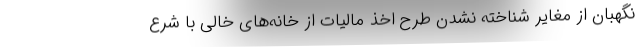
نگهبان از مغایر شناخته نشدن طرح اخذ مالیات از خانه‌های خالی با شرع